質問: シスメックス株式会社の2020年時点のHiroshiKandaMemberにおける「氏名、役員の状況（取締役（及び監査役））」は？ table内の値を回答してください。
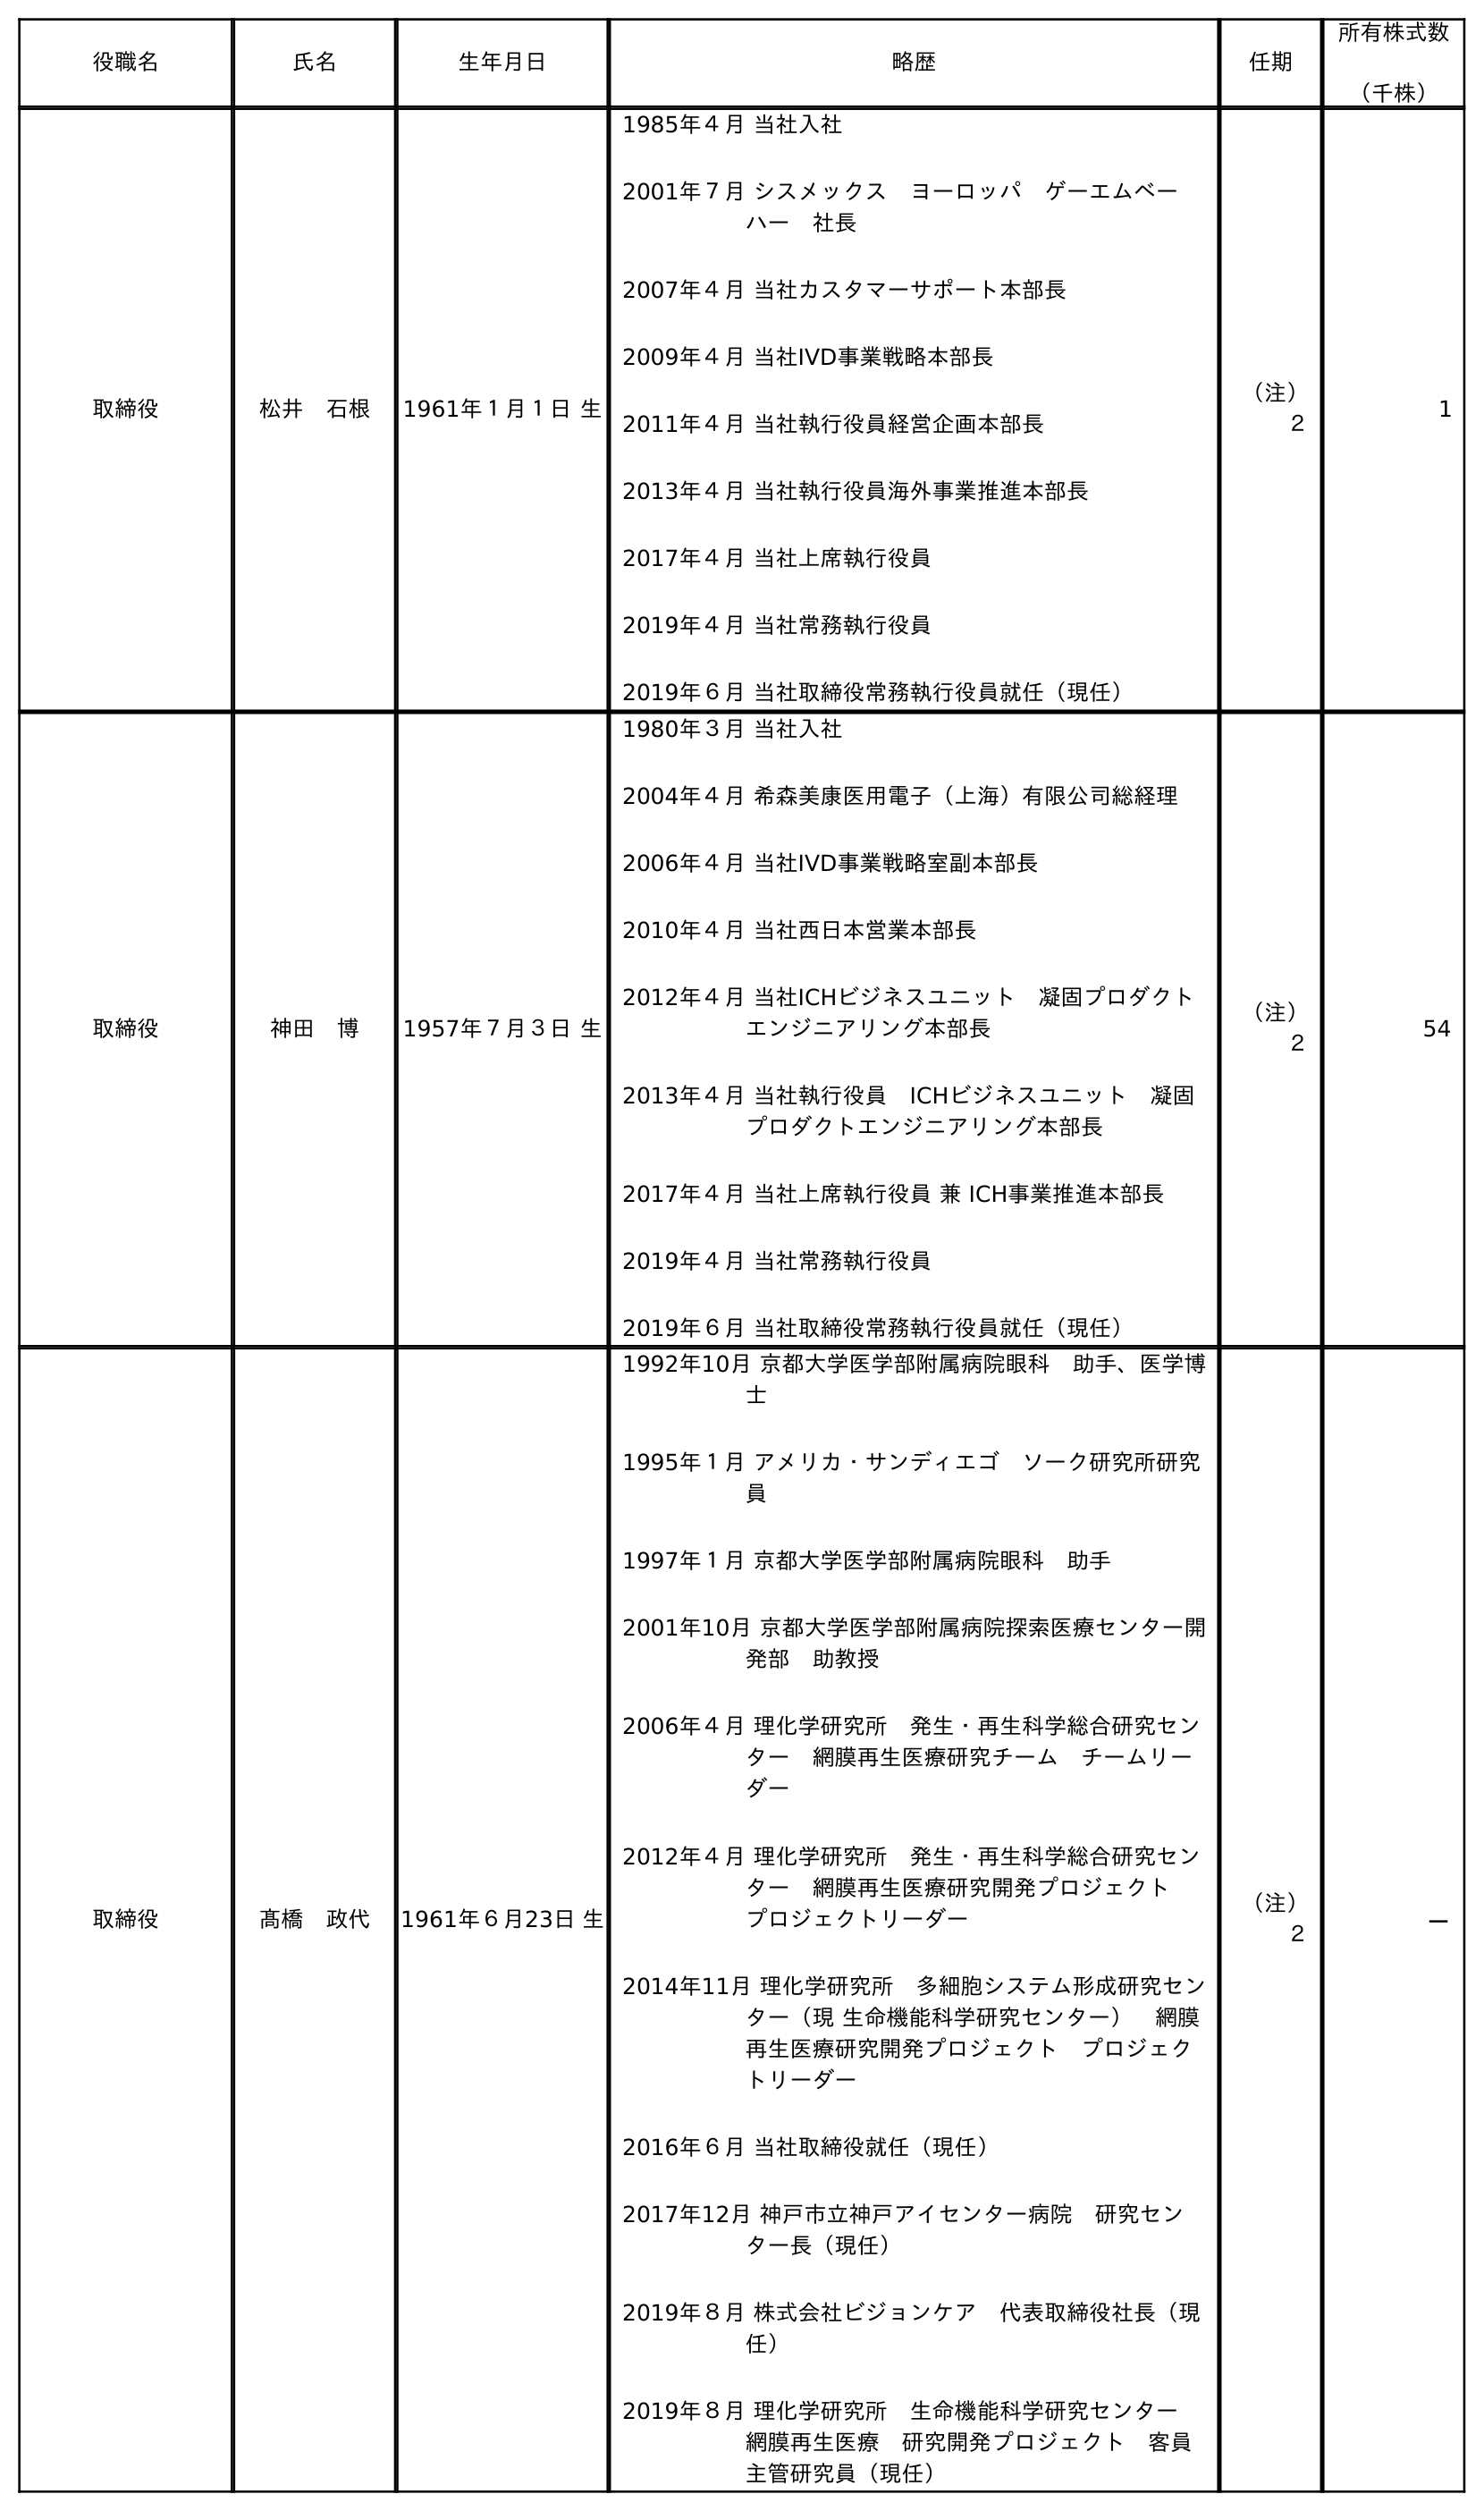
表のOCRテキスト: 役職名 氏名 生年月日 略歴 任期 所有株式数 （千株） 取締役 松井 石根 1961年１月１日 生 1985年４月 当社入社 2001年７月 シスメックス ヨーロッパ ゲーエムベー ハー 社長 2007年４月 当社カスタマーサポート本部長 2009年４月 当社IVD事業戦略本部長 2011年４月 当社執行役員経営企画本部長 2013年４月 当社執行役員海外事業推進本部長 2017年４月 当社上席執行役員 2019年４月 当社常務執行役員 2019年６月 当社取締役常務執行役員就任（現任） （注） ２ 1 取締役 神田 博 1957年７月３日 生 1980年３月 当社入社 2004年４月 希森美康医用電子（上海）有限公司総経理 2006年４月 当社IVD事業戦略室副本部長 2010年４月 当社西日本営業本部長 2012年４月 当社ICHビジネスユニット 凝固プロダクト エンジニアリング本部長 2013年４月 当社執行役員 ICHビジネスユニット 凝固 プロダクトエンジニアリング本部長 2017年４月 当社上席執行役員 兼 ICH事業推進本部長 2019年４月 当社常務執行役員 2019年６月 当社取締役常務執行役員就任（現任） （注） ２ 54 取締役 髙橋 政代 1961年６月23日 生 1992年10月 京都大学医学部附属病院眼科 助手、医学博 士 1995年１月 アメリカ・サンディエゴ ソーク研究所研究 員 1997年１月 京都大学医学部附属病院眼科 助手 2001年10月 京都大学医学部附属病院探索医療センター開 発部 助教授 2006年４月 理化学研究所 発生・再生科学総合研究セン ター 網膜再生医療研究チーム チームリー ダー 2012年４月 理化学研究所 発生・再生科学総合研究セン ター 網膜再生医療研究開発プロジェクト  プロジェクトリーダー 2014年11月 理化学研究所 多細胞システム形成研究セン ター（現 生命機能科学研究センター） 網膜 再生医療研究開発プロジェクト プロジェク トリーダー 2016年６月 当社取締役就任（現任） 2017年12月 神戶市立神戶アイセンター病院 研究セン ター長（現任） 2019年８月 株式会社ビジョンケア 代表取締役社長（現 任） 2019年８月 理化学研究所 生命機能科学研究センター  網膜再生医療 研究開発プロジェクト 客員 主管研究員（現任） （注） ２ －
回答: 神田　博